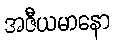
အဇီယမာနော